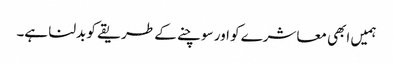
ہمیں ابھی معاشرے کو اور سوچنے کے طریقے کو بدلنا ہے۔